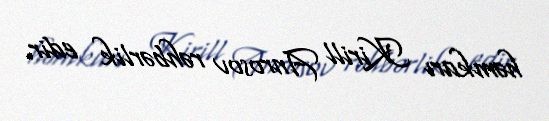
həmkarı Kirill Anrosov rəhbərlik edir.